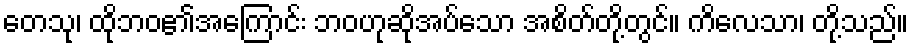
တေသု၊ ထိုဘဝ၏အကြောင်း ဘဝဟုဆိုအပ်သော အစိတ်တို့တွင်။ ကိလေသာ၊ တို့သည်။